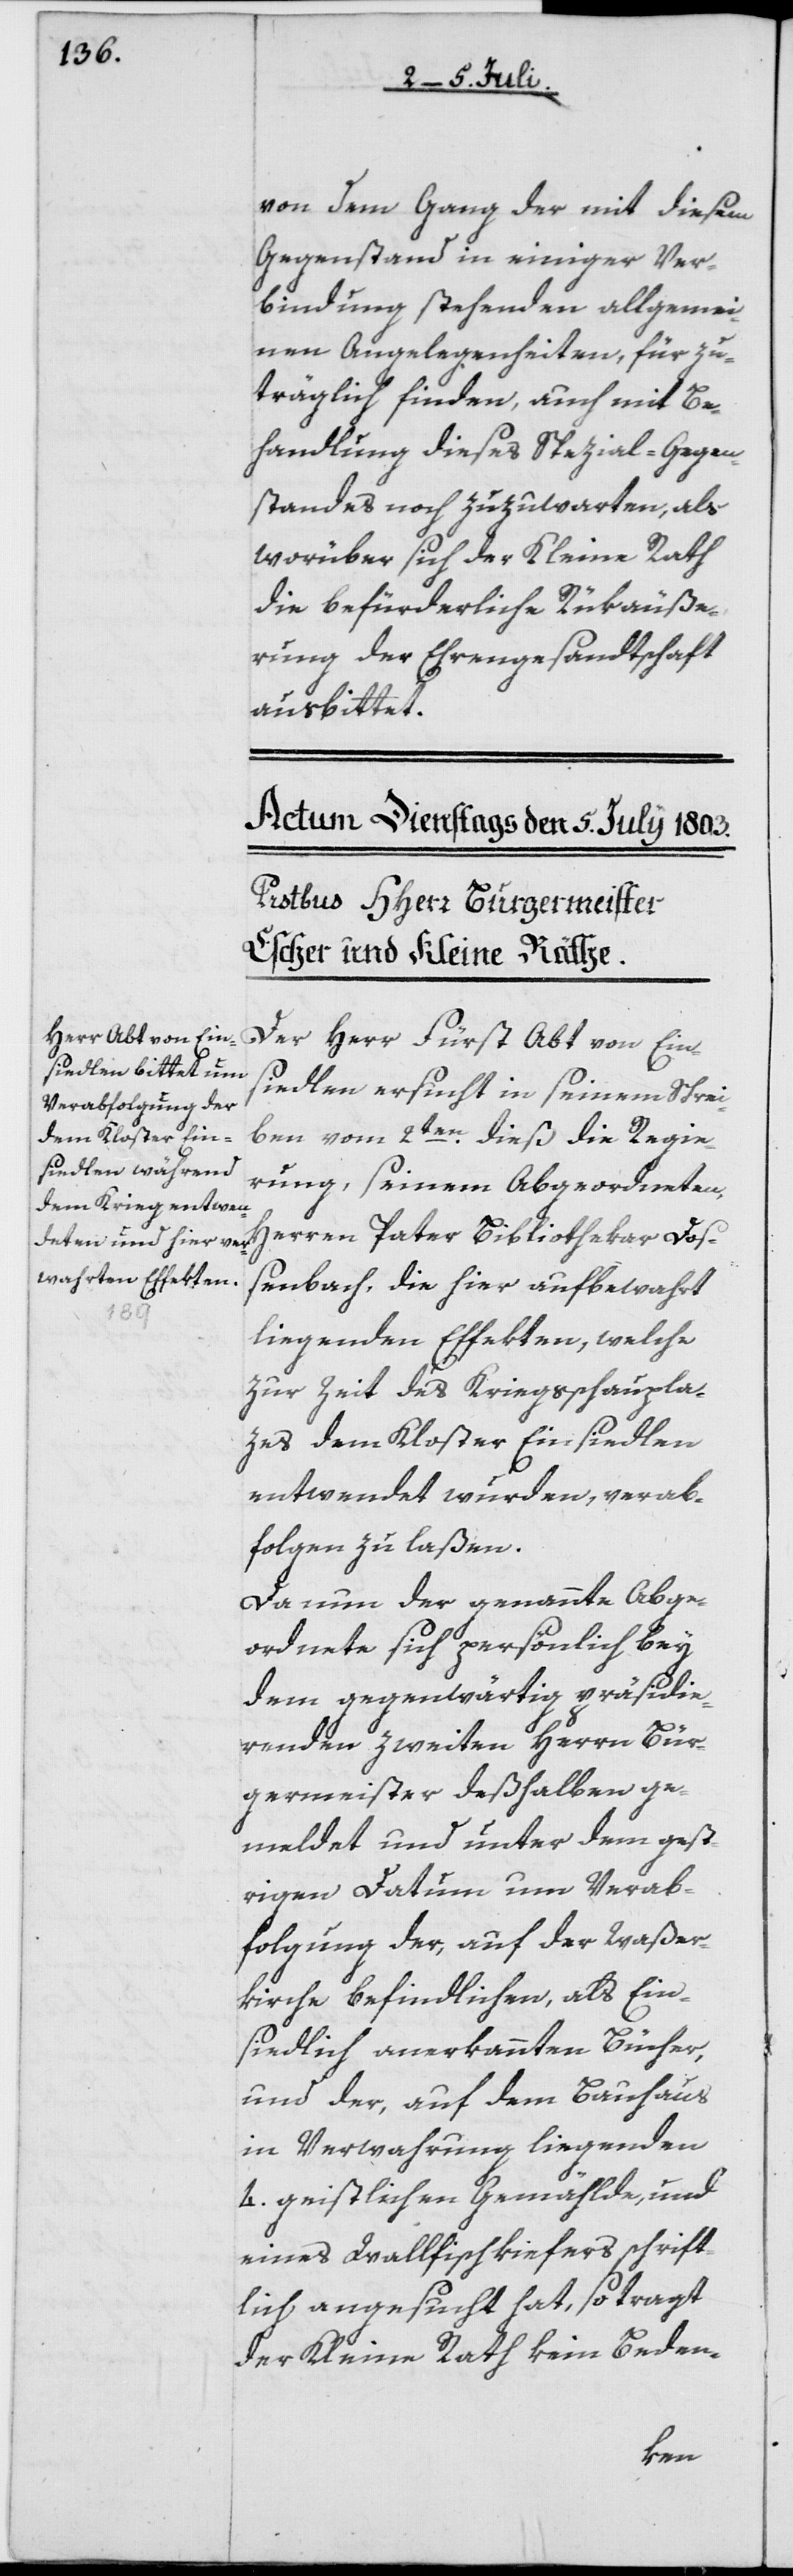
von dem Gang der mit diesem
Gegenstand in einiger Ver¬
bindung stehenden allgemei¬
nen Angelegenheiten, für zu¬
träglich finden, auch mit Be¬
handlung dieses Spezial-Gegen¬
standes noch zuzuwarten, als
worüber sich der Kleine Rath
die befürderliche Rükäuße¬
rung der Ehrengesandtschaft
ausbittet.
Der Herr Fürst Abt von Eins¬
iedlen ersucht in seinem Schrei¬
ben vom 2ten dieß die Regie¬
rung, seinem Abgeordneten,
Herren Pater Bibliothekar Doß¬
enbach, die hier aufbewahrt
liegenden Effekten, welche
zur Zeit des Kriegsschaupla¬
zes dem Kloster Einsiedlen
entwendet wurden, verab¬
folgen zu laßen.
Da nun der genannte Abge¬
ordnete sich persönlich bey
dem gegenwärtig präsidi¬
renden zweiten Herrn Bür¬
germeister deßhalben ge¬
meldet und unter dem gest¬
rigen Datum um Verab¬
folgung der, auf der Waßer¬
kirche befindlichen, als Ein¬
siedlich anerkannten Bücher,
und der, auf dem Bauhaus
in Verwahrung liegenden
4. geistlichen Gemälde, und
eines Wallfischkiefers, schrift¬
lich angesucht hat, so tragt
der Kleine Rath kein Beden-